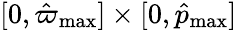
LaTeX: [0,\hat{\varpi}_{\mathrm{max}}]\times[0,\hat{p}_{\mathrm{max}}]